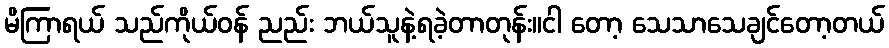
မိကြာရယ် သည်ကိုယ်ဝန် ညည်း ဘယ်သူနဲ့ရခဲ့တာတုန်း။ငါ တော့ သေသာသေချင်တော့တယ်